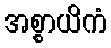
အစ္စာယိကံ